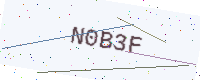
Text: N0B3F